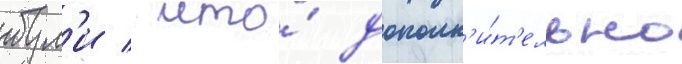
бул'и / что́ дополн'и́т'ельно